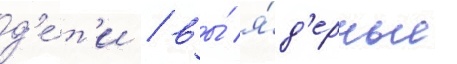
д'е́т'и / вы́ я́д'ерные